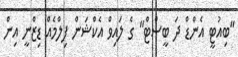
"ބިއުޓީ އެންޑް ދަ ބީސްޓް" ގެ ލައިވް އެކްޝަން ފިލްމެއް ޑިޒްނީ އިން